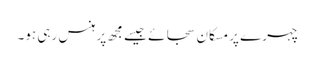
چہرے پر مسکان سجائے جیسے مجھ پر ہنس رہی ہو۔